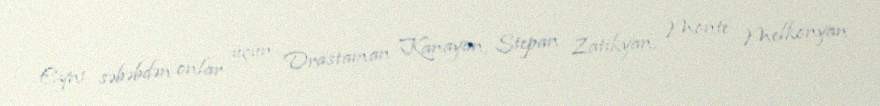
Eyni səbəbdən onlar üçün Drastaman Kanayan, Stepan Zatikyan, Monte Melkonyan